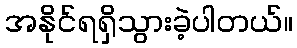
အနိုင်ရရှိသွားခဲ့ပါတယ်။